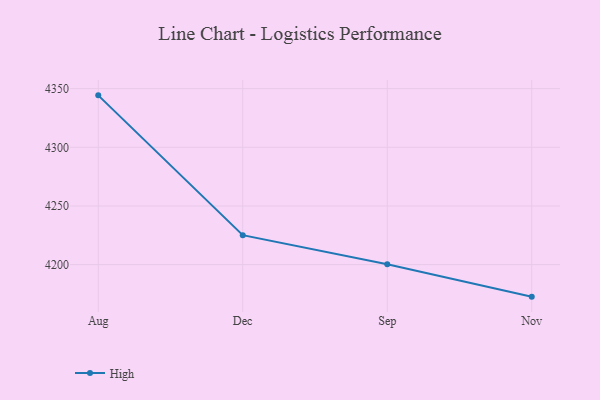
{"axis": {"x": "Month", "y": "Bounce Rate (%)"}, "legend": ["High"], "data": [{"x": "Aug", "y": 4344.3, "type": "High"}, {"x": "Dec", "y": 4225.1, "type": "High"}, {"x": "Sep", "y": 4200.4, "type": "High"}, {"x": "Nov", "y": 4172.7, "type": "High"}]}